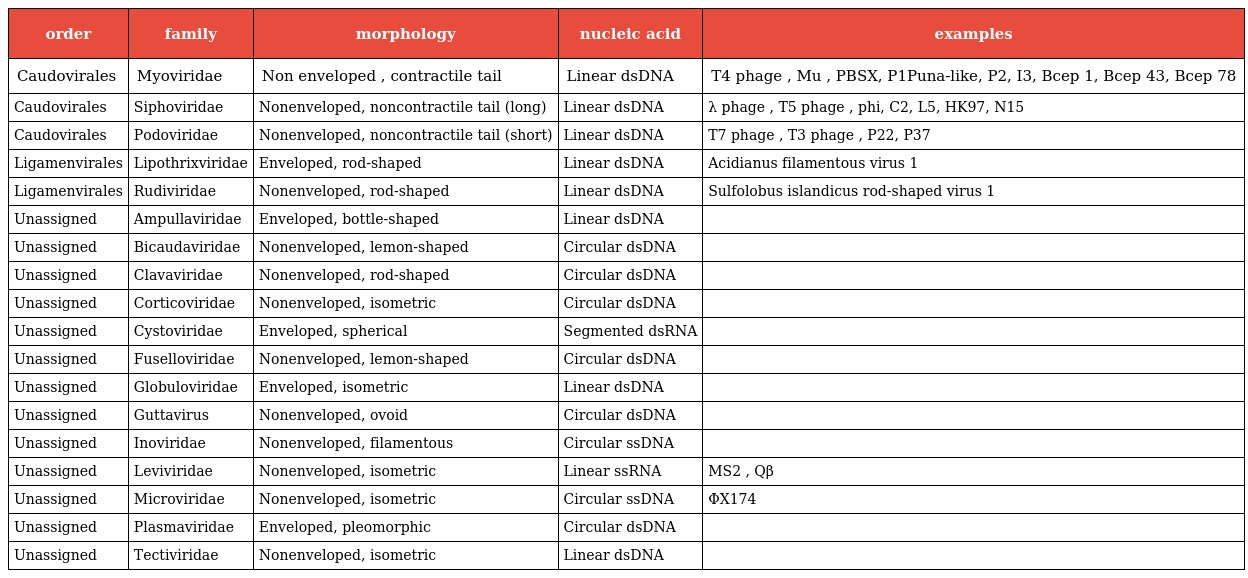
| order | family | morphology | nucleic acid | examples |
 | --- | --- | --- | --- | --- |
 | Caudovirales | Myoviridae | Non enveloped , contractile tail | Linear dsDNA | T4 phage , Mu , PBSX, P1Puna-like, P2, I3, Bcep 1, Bcep 43, Bcep 78 |
 | Caudovirales | Siphoviridae | Nonenveloped, noncontractile tail (long) | Linear dsDNA | λ phage , T5 phage , phi, C2, L5, HK97, N15 |
 | Caudovirales | Podoviridae | Nonenveloped, noncontractile tail (short) | Linear dsDNA | T7 phage , T3 phage , P22, P37 |
 | Ligamenvirales | Lipothrixviridae | Enveloped, rod-shaped | Linear dsDNA | Acidianus filamentous virus 1 |
 | Ligamenvirales | Rudiviridae | Nonenveloped, rod-shaped | Linear dsDNA | Sulfolobus islandicus rod-shaped virus 1 |
 | Unassigned | Ampullaviridae | Enveloped, bottle-shaped | Linear dsDNA |  |
 | Unassigned | Bicaudaviridae | Nonenveloped, lemon-shaped | Circular dsDNA |  |
 | Unassigned | Clavaviridae | Nonenveloped, rod-shaped | Circular dsDNA |  |
 | Unassigned | Corticoviridae | Nonenveloped, isometric | Circular dsDNA |  |
 | Unassigned | Cystoviridae | Enveloped, spherical | Segmented dsRNA |  |
 | Unassigned | Fuselloviridae | Nonenveloped, lemon-shaped | Circular dsDNA |  |
 | Unassigned | Globuloviridae | Enveloped, isometric | Linear dsDNA |  |
 | Unassigned | Guttavirus | Nonenveloped, ovoid | Circular dsDNA |  |
 | Unassigned | Inoviridae | Nonenveloped, filamentous | Circular ssDNA |  |
 | Unassigned | Leviviridae | Nonenveloped, isometric | Linear ssRNA | MS2 , Qβ |
 | Unassigned | Microviridae | Nonenveloped, isometric | Circular ssDNA | ΦX174 |
 | Unassigned | Plasmaviridae | Enveloped, pleomorphic | Circular dsDNA |  |
 | Unassigned | Tectiviridae | Nonenveloped, isometric | Linear dsDNA |  |